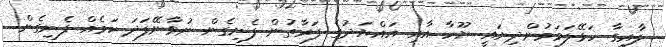
ލާއިގާ ހަޅޭލަވަމުންދިޔައީ ޔޫހާ އާއި އައްޔަދުގެ ފަރާތުން ފެނިގެން ނުވާނޭފަދަ ކަމެއް ފެނިގެން